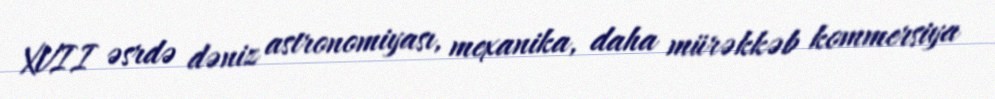
XVII əsrdə dəniz astronomiyası, mexanika, daha mürəkkəb kommersiya